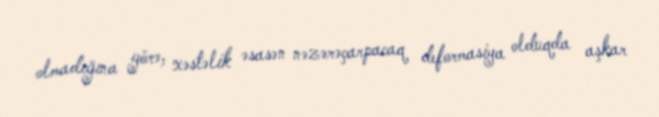
olmadığına görə, xəstəlik əsasən nəzərəçarpacaq deformasiya olduqda aşkar